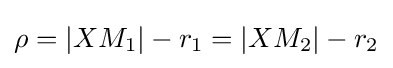
\rho =|XM_{1}|-r_{1}=|XM_{2}|-r_{2}